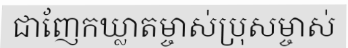
ជាញែកឃ្លាតម្ចាស់ប្រុសម្ចាស់